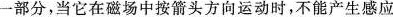
一部分，当它在磁场中按箭头方向运动时，不能产生感应